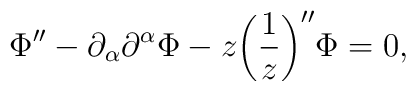
\Phi'' - \partial_{\alpha} \partial^{\alpha} \Phi - z \biggl( \frac{1}{z}\biggr)'' \Phi =0,